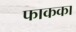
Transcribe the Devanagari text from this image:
फाकका